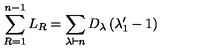
\sum _ { R = 1 } ^ { n - 1 } L _ { R } = \sum _ { \lambda \vdash n } D _ { \lambda } \left( \lambda _ { 1 } ^ { \prime } - 1 \right)